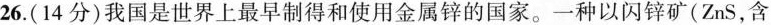
26.(14分)我国是世界上最早制得和使用金属锌的国家。一种以闪锌矿(ZnS，含